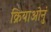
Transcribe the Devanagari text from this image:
क्रियाओनुं